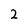
Character: 2